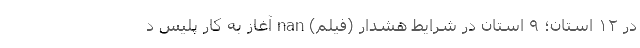
در ۱۲ استان؛ ۹ استان در شرایط هشدار (فیلم) nan آغاز به کار پلیس د